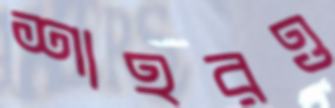
শাহরও